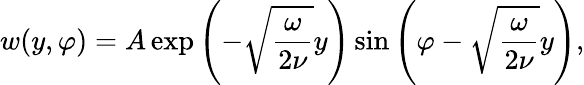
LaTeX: w(y,\varphi)=A\exp\left(-\sqrt{\frac{\omega}{2\nu}}y\right)\sin\left(\varphi-\sqrt{\frac{\omega}{2\nu}}y\right),